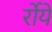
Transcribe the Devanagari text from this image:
र्रोयें